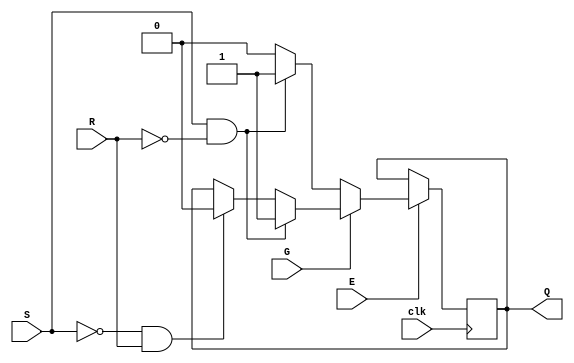
module gated_sr_flipflop (
    input S, R, G, E,
    input clk,
    output reg Q
);

always @(posedge clk) begin
    if (E) begin
        if (G) begin
            if (S & !R) begin
                Q <= 1;
            end else if (!S & R) begin
                Q <= 0;
            end
        end else begin
            if (S & !R) begin
                Q <= 1;
            end else begin
                Q <= 0;
            end
        end
    end
end

endmodule